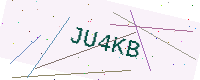
Text: JU4KB